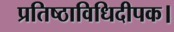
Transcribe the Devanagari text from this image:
प्रतिष्ठाविधिदीपक।